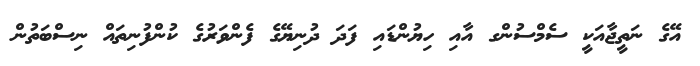
އޭގެ ނަތީޖާއަކީ ސެމްސުންގ އާއި ހިޔުންޑައި ފަދަ ދުނިޔޭގެ ފެންވަރުގެ ކުންފުނިތައް ނިސްބަތުން